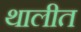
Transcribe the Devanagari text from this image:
थालीत